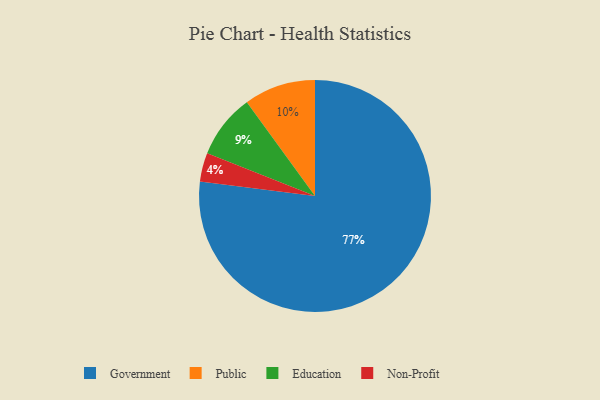
{"axis": {"x": "Category", "y": "Percentage"}, "legend": ["Education", "Government", "Non-Profit", "Public"], "data": [{"x": "Non-Profit", "y": 4, "type": "Non-Profit"}, {"x": "Public", "y": 10, "type": "Public"}, {"x": "Government", "y": 77, "type": "Government"}, {"x": "Education", "y": 9, "type": "Education"}]}